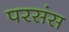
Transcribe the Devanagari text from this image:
परसंस